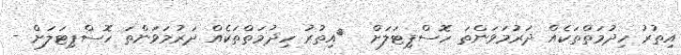
އިތުރު ހިދުމަތްތަކެއް ދަރުމަވަންތަ ހޮސްޕިޓަލަށް  	އިތުރު ހިދުމަތްތަކެއް ދަރުމަވަންތަ ހޮސްޕިޓަލަށް -